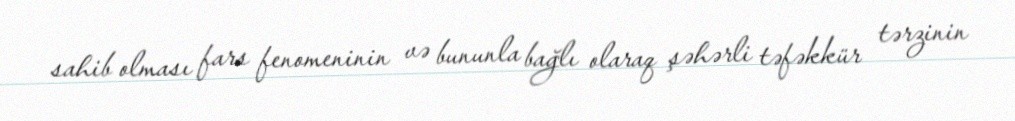
sahib olması fars fenomeninin və bununla bağlı olaraq şəhərli təfəkkür tərzinin